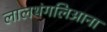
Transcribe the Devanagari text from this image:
लालथंगलिआना